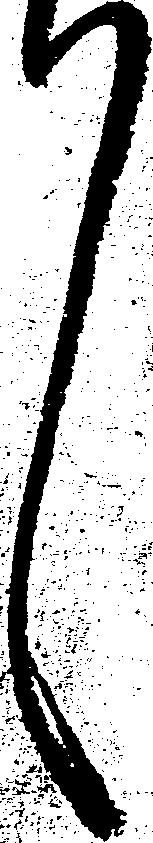
々